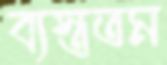
ব্যস্ততম